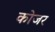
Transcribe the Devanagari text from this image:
कोजर